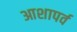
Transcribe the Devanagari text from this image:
आशापर्व